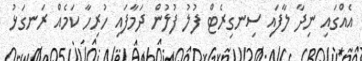
އެއްގައި ނިދާ ލާފައި ސިނގިރެޓް ފުލު ފުލުން ދަމާފައި ހުރިހާ ކަމެއް ރަނގަޅު